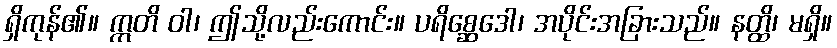
ရှိကုန်၏။ ဣတိ ဝါ၊ ဤသို့လည်းကောင်း။ ပရိစ္ဆေဒေါ၊ အပိုင်းအခြားသည်။ နတ္ထိ၊ မရှိ။